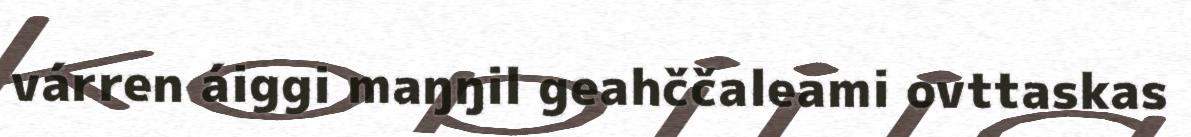
várren áiggi maŋŋil geahččaleami ovttaskas